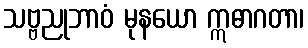
သဗ္ဗညုဘာဝံ မုနယော ဣဓာဂတာ၊